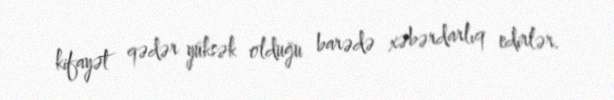
kifayət qədər yüksək olduğu barədə xəbərdarlıq edirlər.